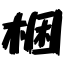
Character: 梱